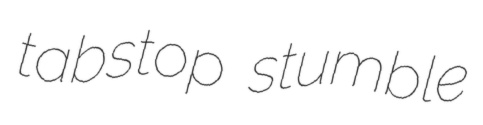
tabstop stumble